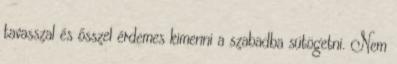
tavasszal és ősszel érdemes kimenni a szabadba sütögetni. Nem